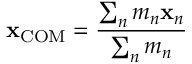
\mathbf { x } _ { \mathrm { C O M } } = { \frac { \sum _ { n } m _ { n } \mathbf { x } _ { n } } { \sum _ { n } m _ { n } } }